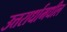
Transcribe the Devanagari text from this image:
उत्तरार्धामधील